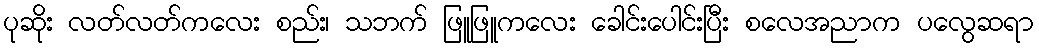
ပုဆိုး လတ်လတ်ကလေး စည်း၊ သဘက် ဖြူဖြူကလေး ခေါင်းပေါင်းပြီး စလေအညာက ပလွေဆရာ